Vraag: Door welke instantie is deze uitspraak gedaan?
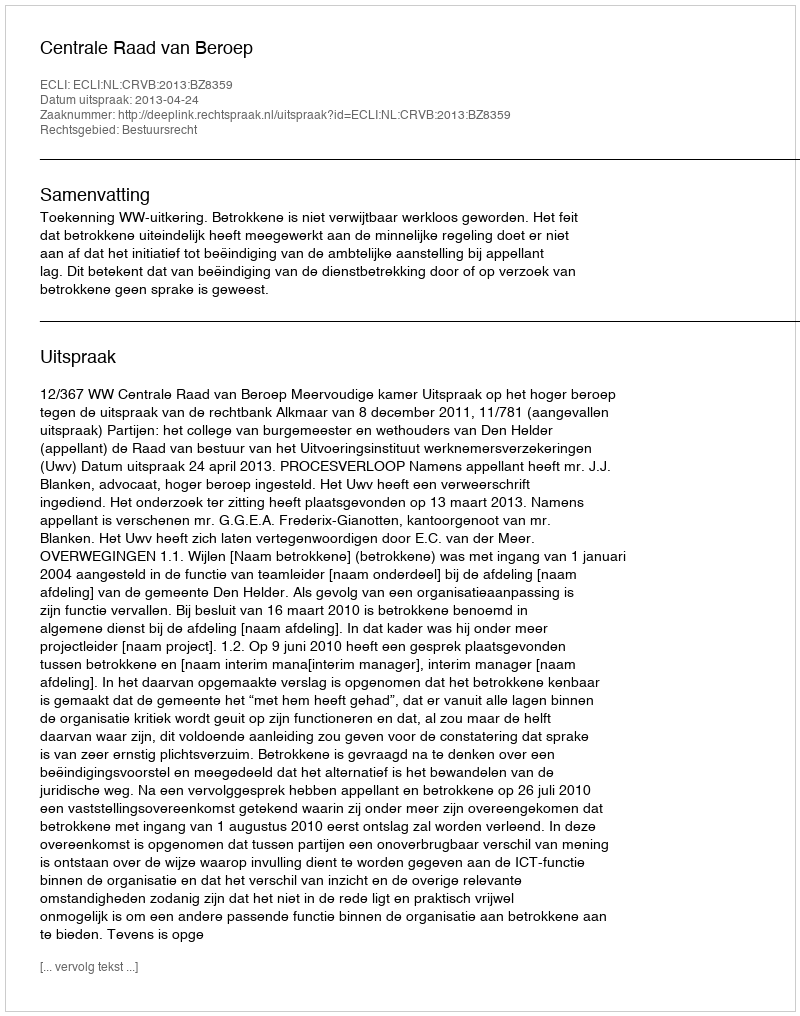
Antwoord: Centrale Raad van Beroep